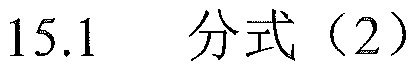
15.1  分式（2）